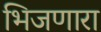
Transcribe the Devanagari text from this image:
भिजणारा